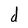
Character: d